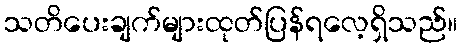
သတိပေးချက်များထုတ်ပြန်ရလေ့ရှိသည်။